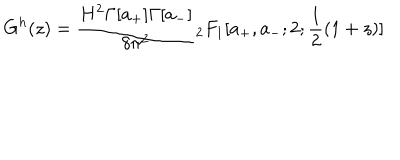
G ^ { h } ( z ) = \frac { H ^ { 2 } \Gamma [ a _ { + } ] \Gamma [ a _ { - } ] } { 8 \pi ^ { 2 } } { } _ { 2 } F _ { 1 } [ a _ { + } , a _ { - } ; 2 ; \frac { 1 } { 2 } ( 1 + z ) ]